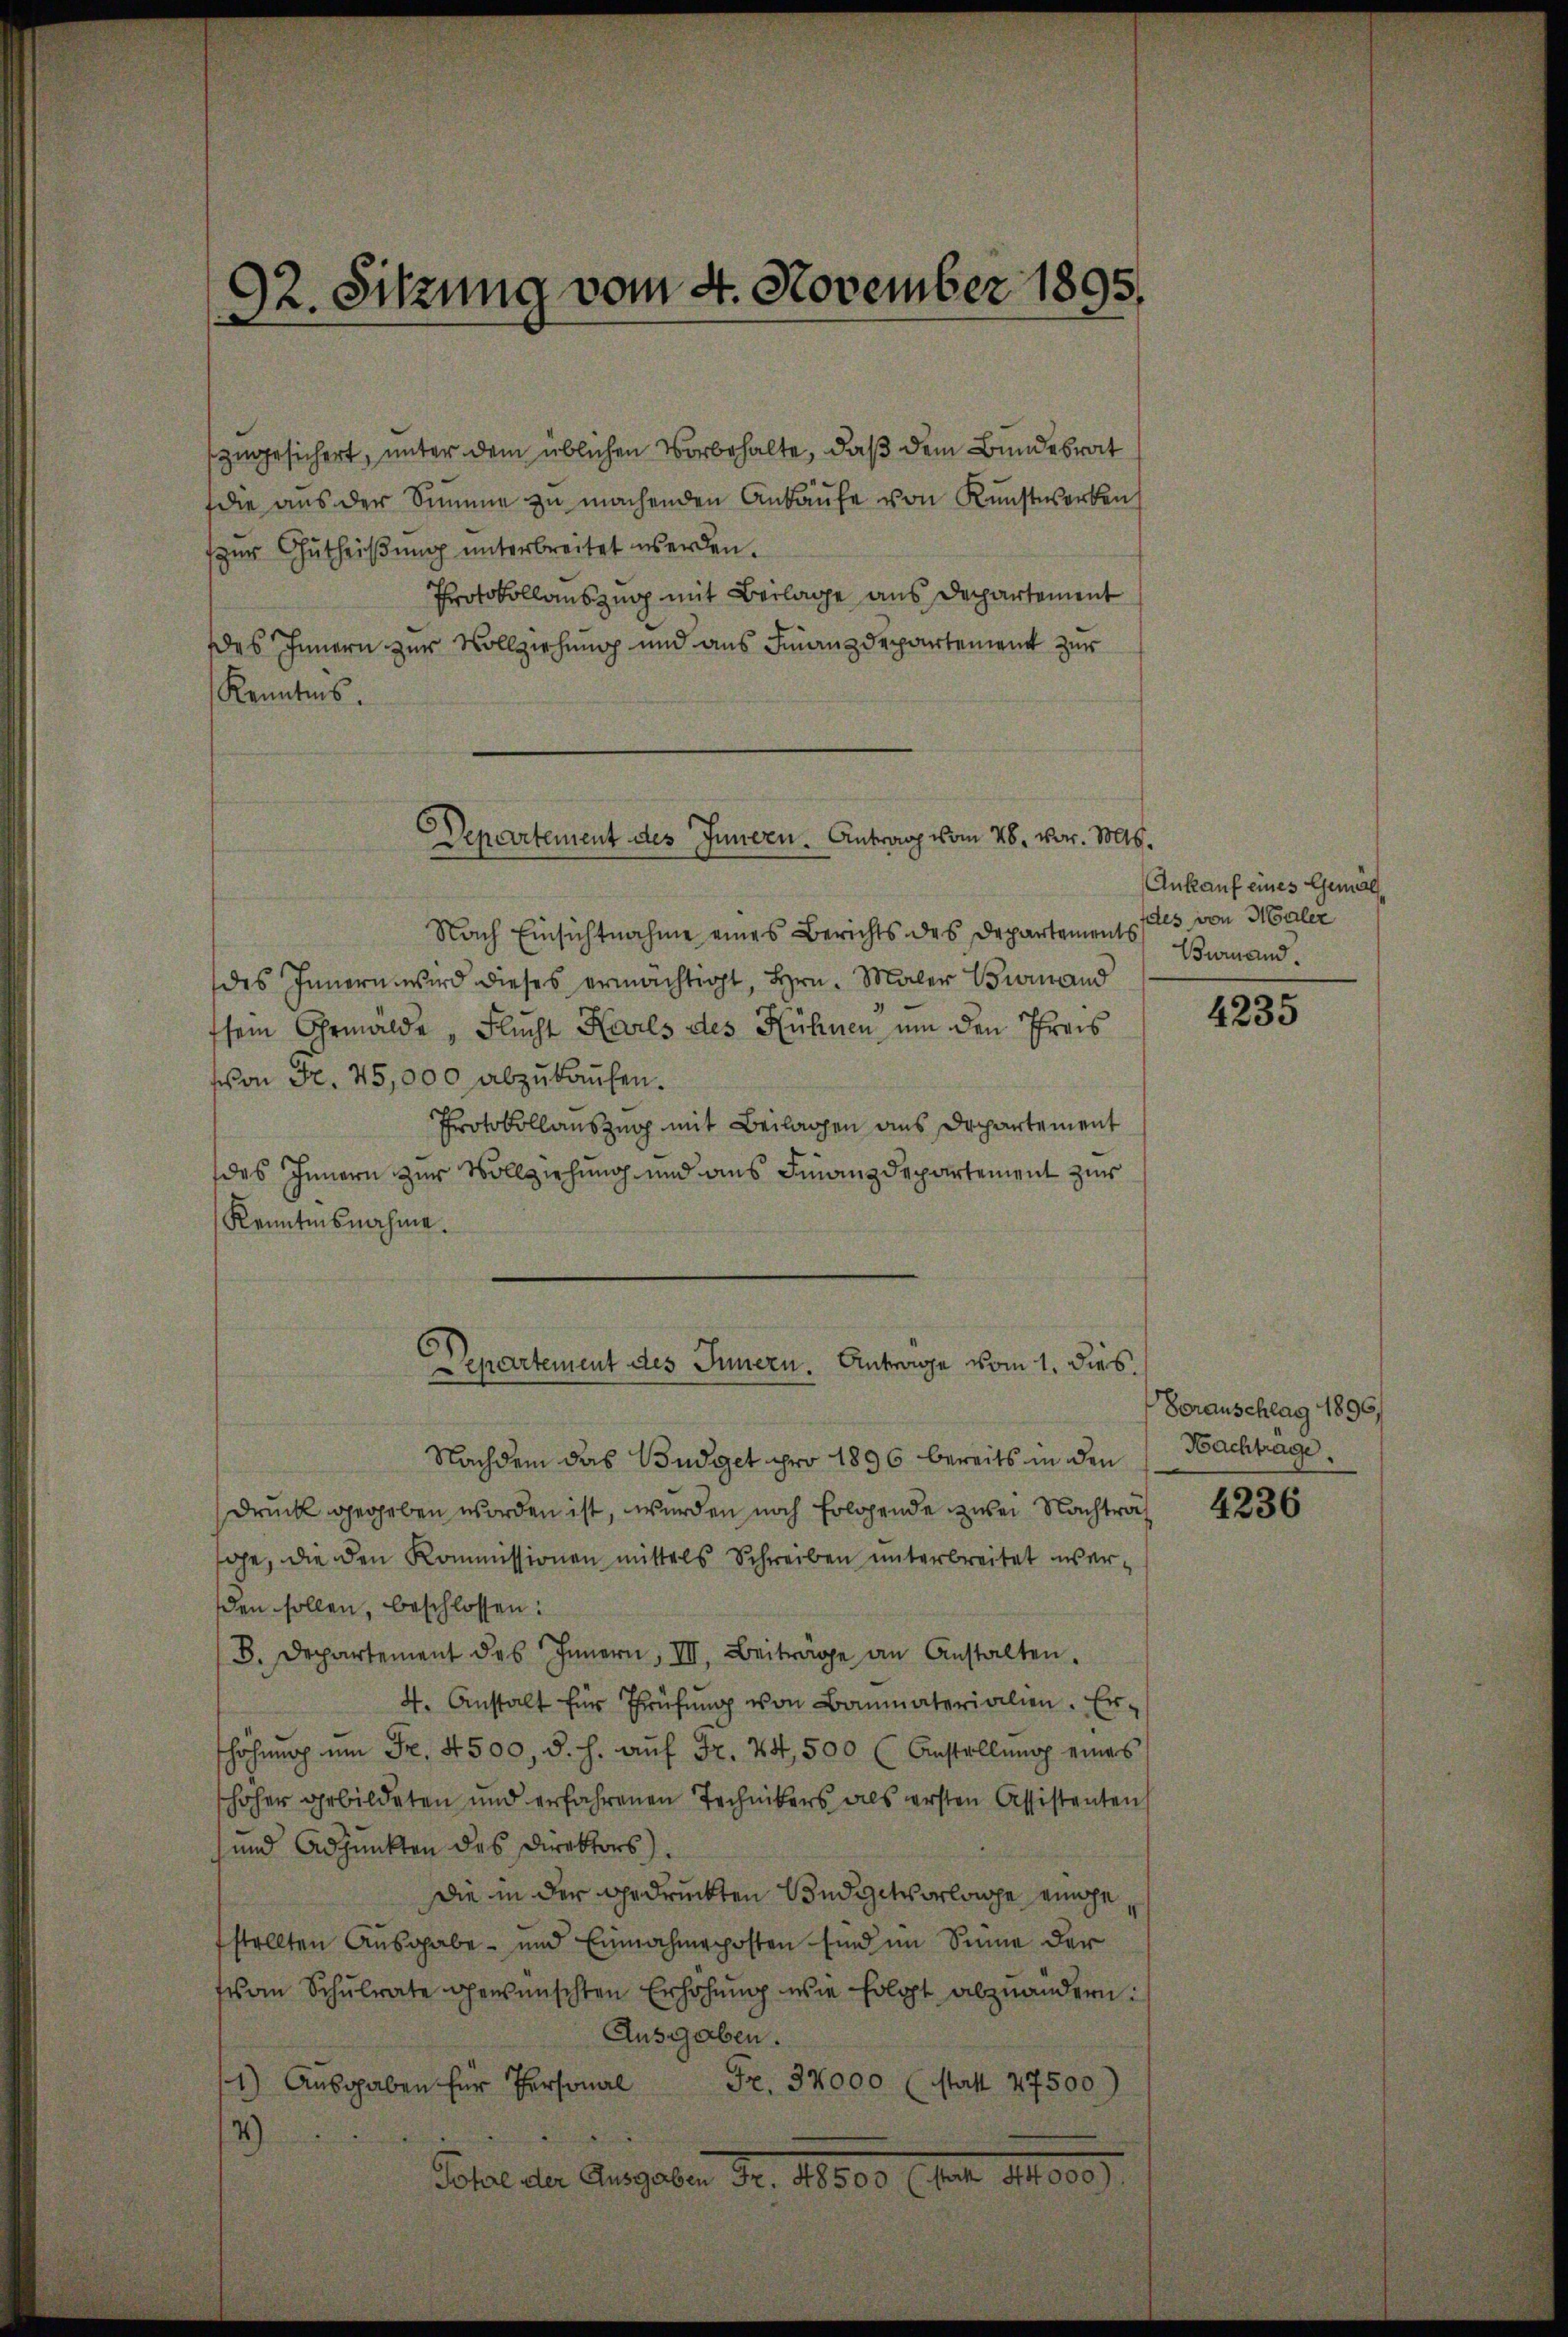
92. Sitzung vom 4. November 1895.
.

zugesichert, unter dem üblichen Vorbehalte, daß dem Bundesrat
die aus der Summe zu machenden Ankaufe von Kunstwerken
zur Gutheißung unterbreitet werden.
Protokollauszug mit Beilage aus Departement
des Innern zur Vollziehung und aus Finanzdepartement zur
Kenntnis.

Nach Einsichtnahme eines Berichts des Departements
des Innern wird dieses ermächtigt, Hrn. Maler Brand
ssein Gemälde „Flucht Karls des Hühnen um den Preis
schon Fr. 75,000 abzukaufen.
Protokollauszug mit Beilagen aus Departement
des Innern zur Vollziehung und aus Finanzdepartement zur
Kenntnisnahme.
Nachdem das Budget pro 1896 bereits in den
Druck gegeben worden ist, wurden noch folgende zwei Nachträg
ge, die den Kommissionen mittels Schreiben unterbreitet werden sollen, beschlossen:
B. Departement des Innern, III. Beiträge an Anstalten.
4. Anstalt für Prüfŭng von Baumaterialien. Er
höhŭng ŭm Fr. 4500, d. h. aŭf Fr. 24, 500 (Anstellung eines
hoher gebildeten und erfahrenen Technikers als ersten Assistenten
und Adjunkten des Direktors).
Die in der gedruckten Budgetvorlage eingefstellten Ausgabe - und Einnahmeposten sind im Sinne der
fes an Schŭlrate gewünschten Erhöhŭng wie folgt abzuändern:
Ausgaben.
1) Ausgaben für Personal
Fr. 32000 (statt 27500)
4)
Total der Angaben Fr. 18800 l. hat d. 100.

Departement des Innern. Antrag vom 28. vor. 1806.

Departement des Innern. Antrage vom 1. dies.

Ankauf eines Gemäl
des von Maler
Bemand.

4235

Voranschlag 1896
Nachtrage,

4236